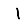
Digit: 1